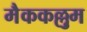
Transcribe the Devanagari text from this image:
मैककल्लुम